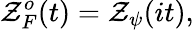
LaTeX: \mathcal{Z}_{F}^{o}(t)=\mathcal{Z}_{\psi}(it),